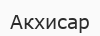
Акхисар